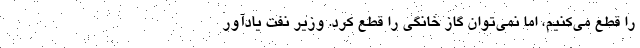
را قطع می‌کنیم، اما نمی‌توان گاز خانگی را قطع کرد. وزیر نفت یادآور